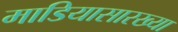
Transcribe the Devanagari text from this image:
माडियासारख्या